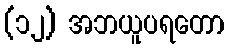
(၁၂) အဘယူပရတော